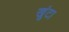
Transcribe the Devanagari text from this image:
खुंटा